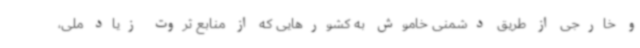
و خارجی از طریق دشمنی خاموش به کشورهایی که از منابع ثروت زیاد ملی،